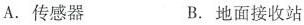
A.传感器 B.地面接收站